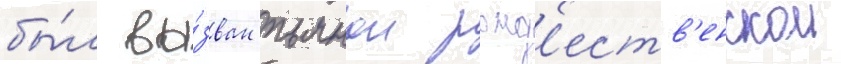
бы́л вы́зван пьянои рожд'еств'енскои